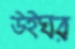
উইঘর